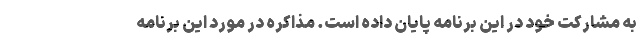
به مشارکت خود در این برنامه پایان داده است. مذاکره در مورد این برنامه